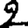
Digit: 2